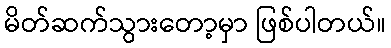
မိတ်ဆက်သွားတော့မှာ ဖြစ်ပါတယ်။